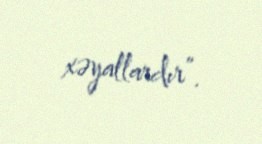
xəyallardır”.